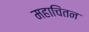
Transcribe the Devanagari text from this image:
महाचिंतन